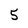
Character: 5